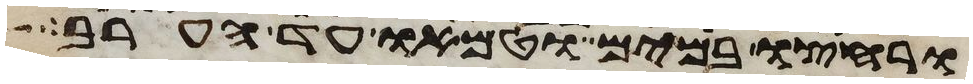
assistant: ורחצו במים וטמאו עד הערב